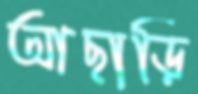
আছাড়ি